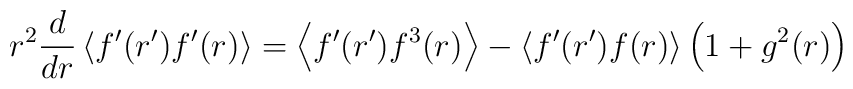
r^2 \frac{d}{dr}  \left\langle   f'(r') f'(r)  \right\rangle = \left\langle f'(r') f^3(r) \right\rangle -   \left\langle f'(r') f(r) \right\rangle   \left( 1 + g^2(r) \right)